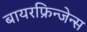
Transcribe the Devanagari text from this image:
बायरफ्रिन्जेन्स